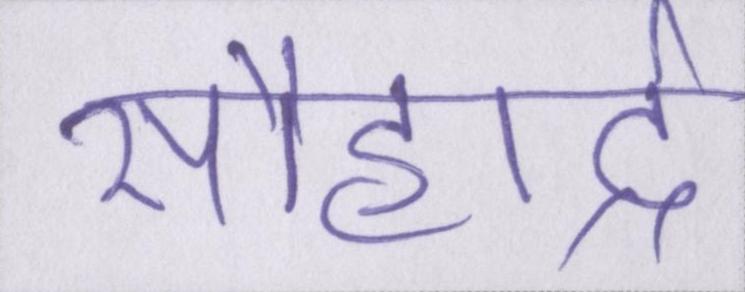
सौहार्द्र